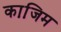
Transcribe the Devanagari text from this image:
का़जि़म